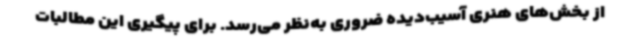
از بخش‌های هنری آسیب‌دیده ضروری به‌نظر می‌رسد. برای پیگیری این مطالبات